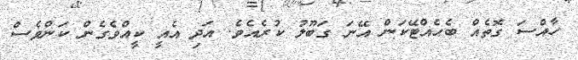
ހާއްސަ ގޮތެއް ބެހެއްޓޭކަން އޭނަ ގަބޫލު ކުރެއެވެ. އަދި އެއީ ކީއްވެގެން ކަންވެސް